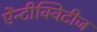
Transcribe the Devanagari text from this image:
ऐंन्टीक्विटीज